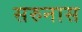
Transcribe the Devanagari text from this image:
सरुनास